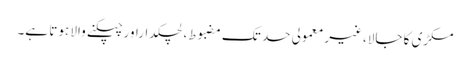
مکڑی کا جالا،غیر معمولی حد تک مضبوط، لچکداراور چپکنے والا ہوتا ہے۔